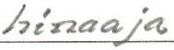
hinaaja